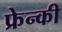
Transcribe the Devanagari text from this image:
फ्रेन्की